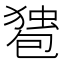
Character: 𰅠